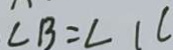
\angle B = \angle 1 C